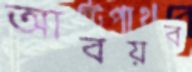
আবয়ব